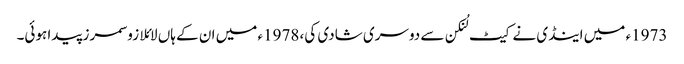
1973ء میں اینڈی نے کیٹ لُنکن سے دوسری شادی کی، 1978ء میں ان کے ہاں لائلا زو سمرز پیدا ہوئی۔